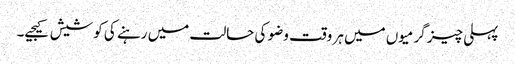
پہلی چیز گرمیوں میں ہر وقت وضو کی حالت میں رہنے کی کوشیش کیجیے۔